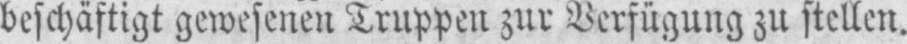
beschäftigt gewesenen Truppen zur Verfügung zu stellen.